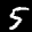
Label: 5